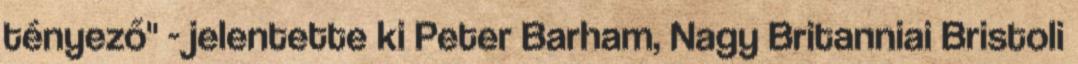
tényező" - jelentette ki Peter Barham, Nagy Britanniai Bristoli